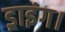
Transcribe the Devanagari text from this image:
ड्राइंग।